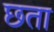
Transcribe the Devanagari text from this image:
छता